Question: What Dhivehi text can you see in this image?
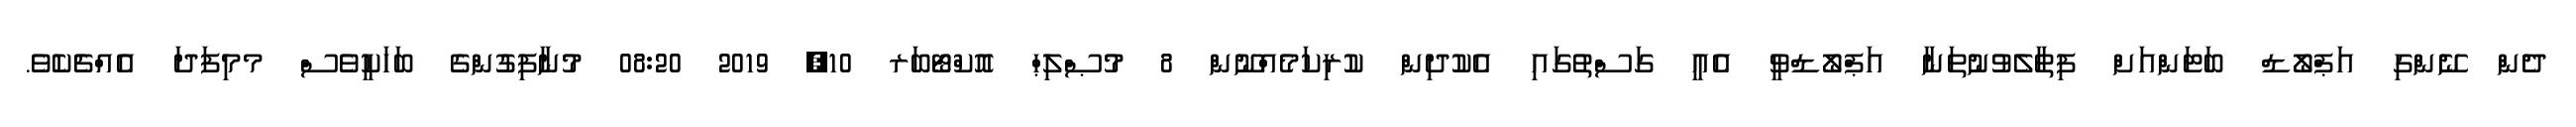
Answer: ދެން ނޭންގި އަޕްލޯޑް ބަޓަންއަށް ފިތާލެވުނުތަނާ އަޕްލޯޑްވީ އެއީ ގަސްތުގައި އެކުދިން ކުރިކަމެއްނޫން 8 މުޞްލިޙް އޮކްޓޯބަރ 10, 2019 08:20 މުނާފިގުންގެ ބަހަކީވެސް މމިފަދަ އެއްޗެކެވެ.